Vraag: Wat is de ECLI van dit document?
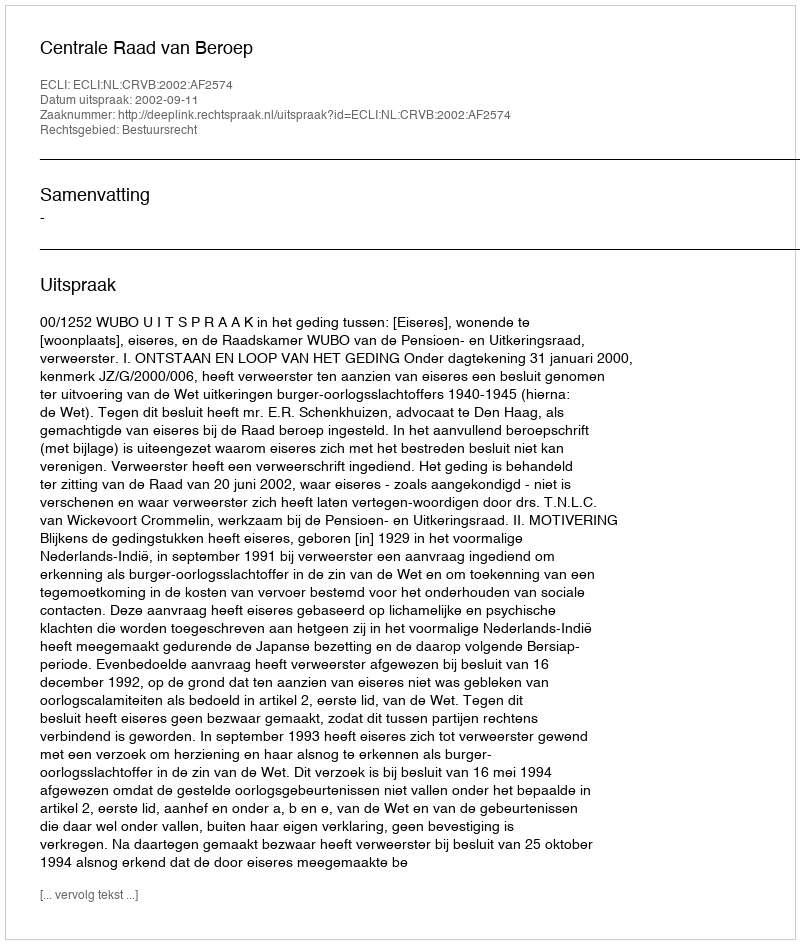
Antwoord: ECLI:NL:CRVB:2002:AF2574